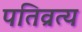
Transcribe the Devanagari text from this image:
पतिव्रत्य